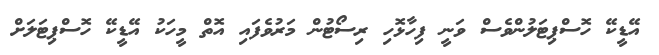
އޭޑީކޭ ހޮސްޕިޓަލުންވެސް ވަނީ ފިހާޅޮހި ރިސޯޓުން މަރުވެފައި އޮތް މީހަކު އޭޑީކޭ ހޮސްޕިޓަލަށް